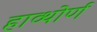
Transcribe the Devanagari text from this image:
हाव्थोर्ण